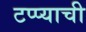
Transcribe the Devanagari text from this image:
टप्प्याची